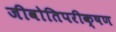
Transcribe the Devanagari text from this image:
जीवोतिपरीक्षण